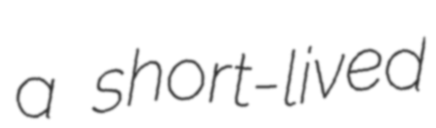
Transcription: a short-lived